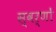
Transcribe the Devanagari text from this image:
स्वर्णों